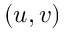
( u , v )